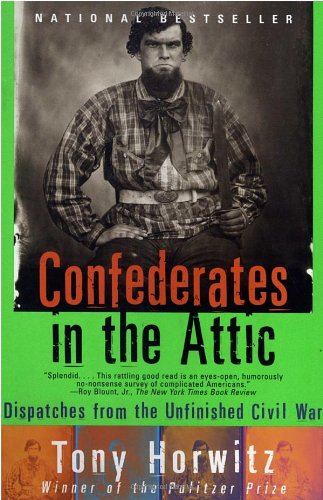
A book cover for Confederates in the Attic: Dispatches from the Unfinished Civil War; Tony Horwitz; History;